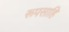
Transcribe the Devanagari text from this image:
रूपसाहि